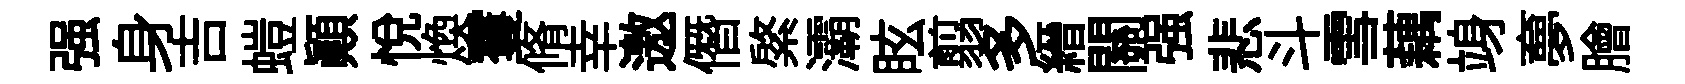
强身吉螘顚悅煥䨥脩幸邀僭綮灞眩翦多縉關强悲斗雪藕竧夣膾